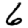
Digit: 6